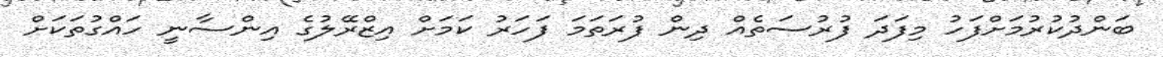
ބަންދުކުރުމަށްފަހު މިފަދަ ފުރުސަތެއް ދިން ފުރަތަމަ ފަހަރު ކަމަށް އިޒްރޭލުގެ އިންސާނީ ހައްގުތަކަށް